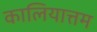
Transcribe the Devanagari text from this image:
कालियात्तम